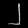
Digit: ၂